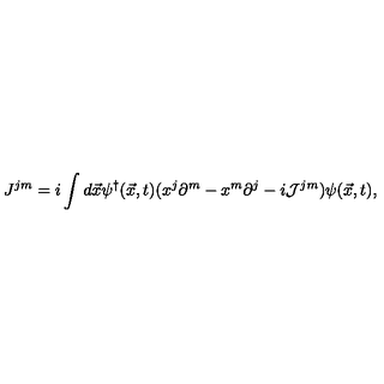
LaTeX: J ^ { j m } = i \int d \vec { x } \psi ^ { \dag } ( \vec { x } , t ) ( x ^ { j } \partial ^ { m } - x ^ { m } \partial ^ { j } - i { \cal J } ^ { j m } ) \psi ( \vec { x } , t ) ,